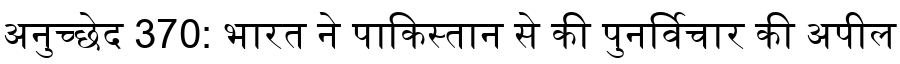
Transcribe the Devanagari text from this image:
अनुच्छेद 370: भारत ने पाकिस्तान से की पुनर्विचार की अपील